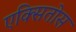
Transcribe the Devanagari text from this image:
एक्सितोस